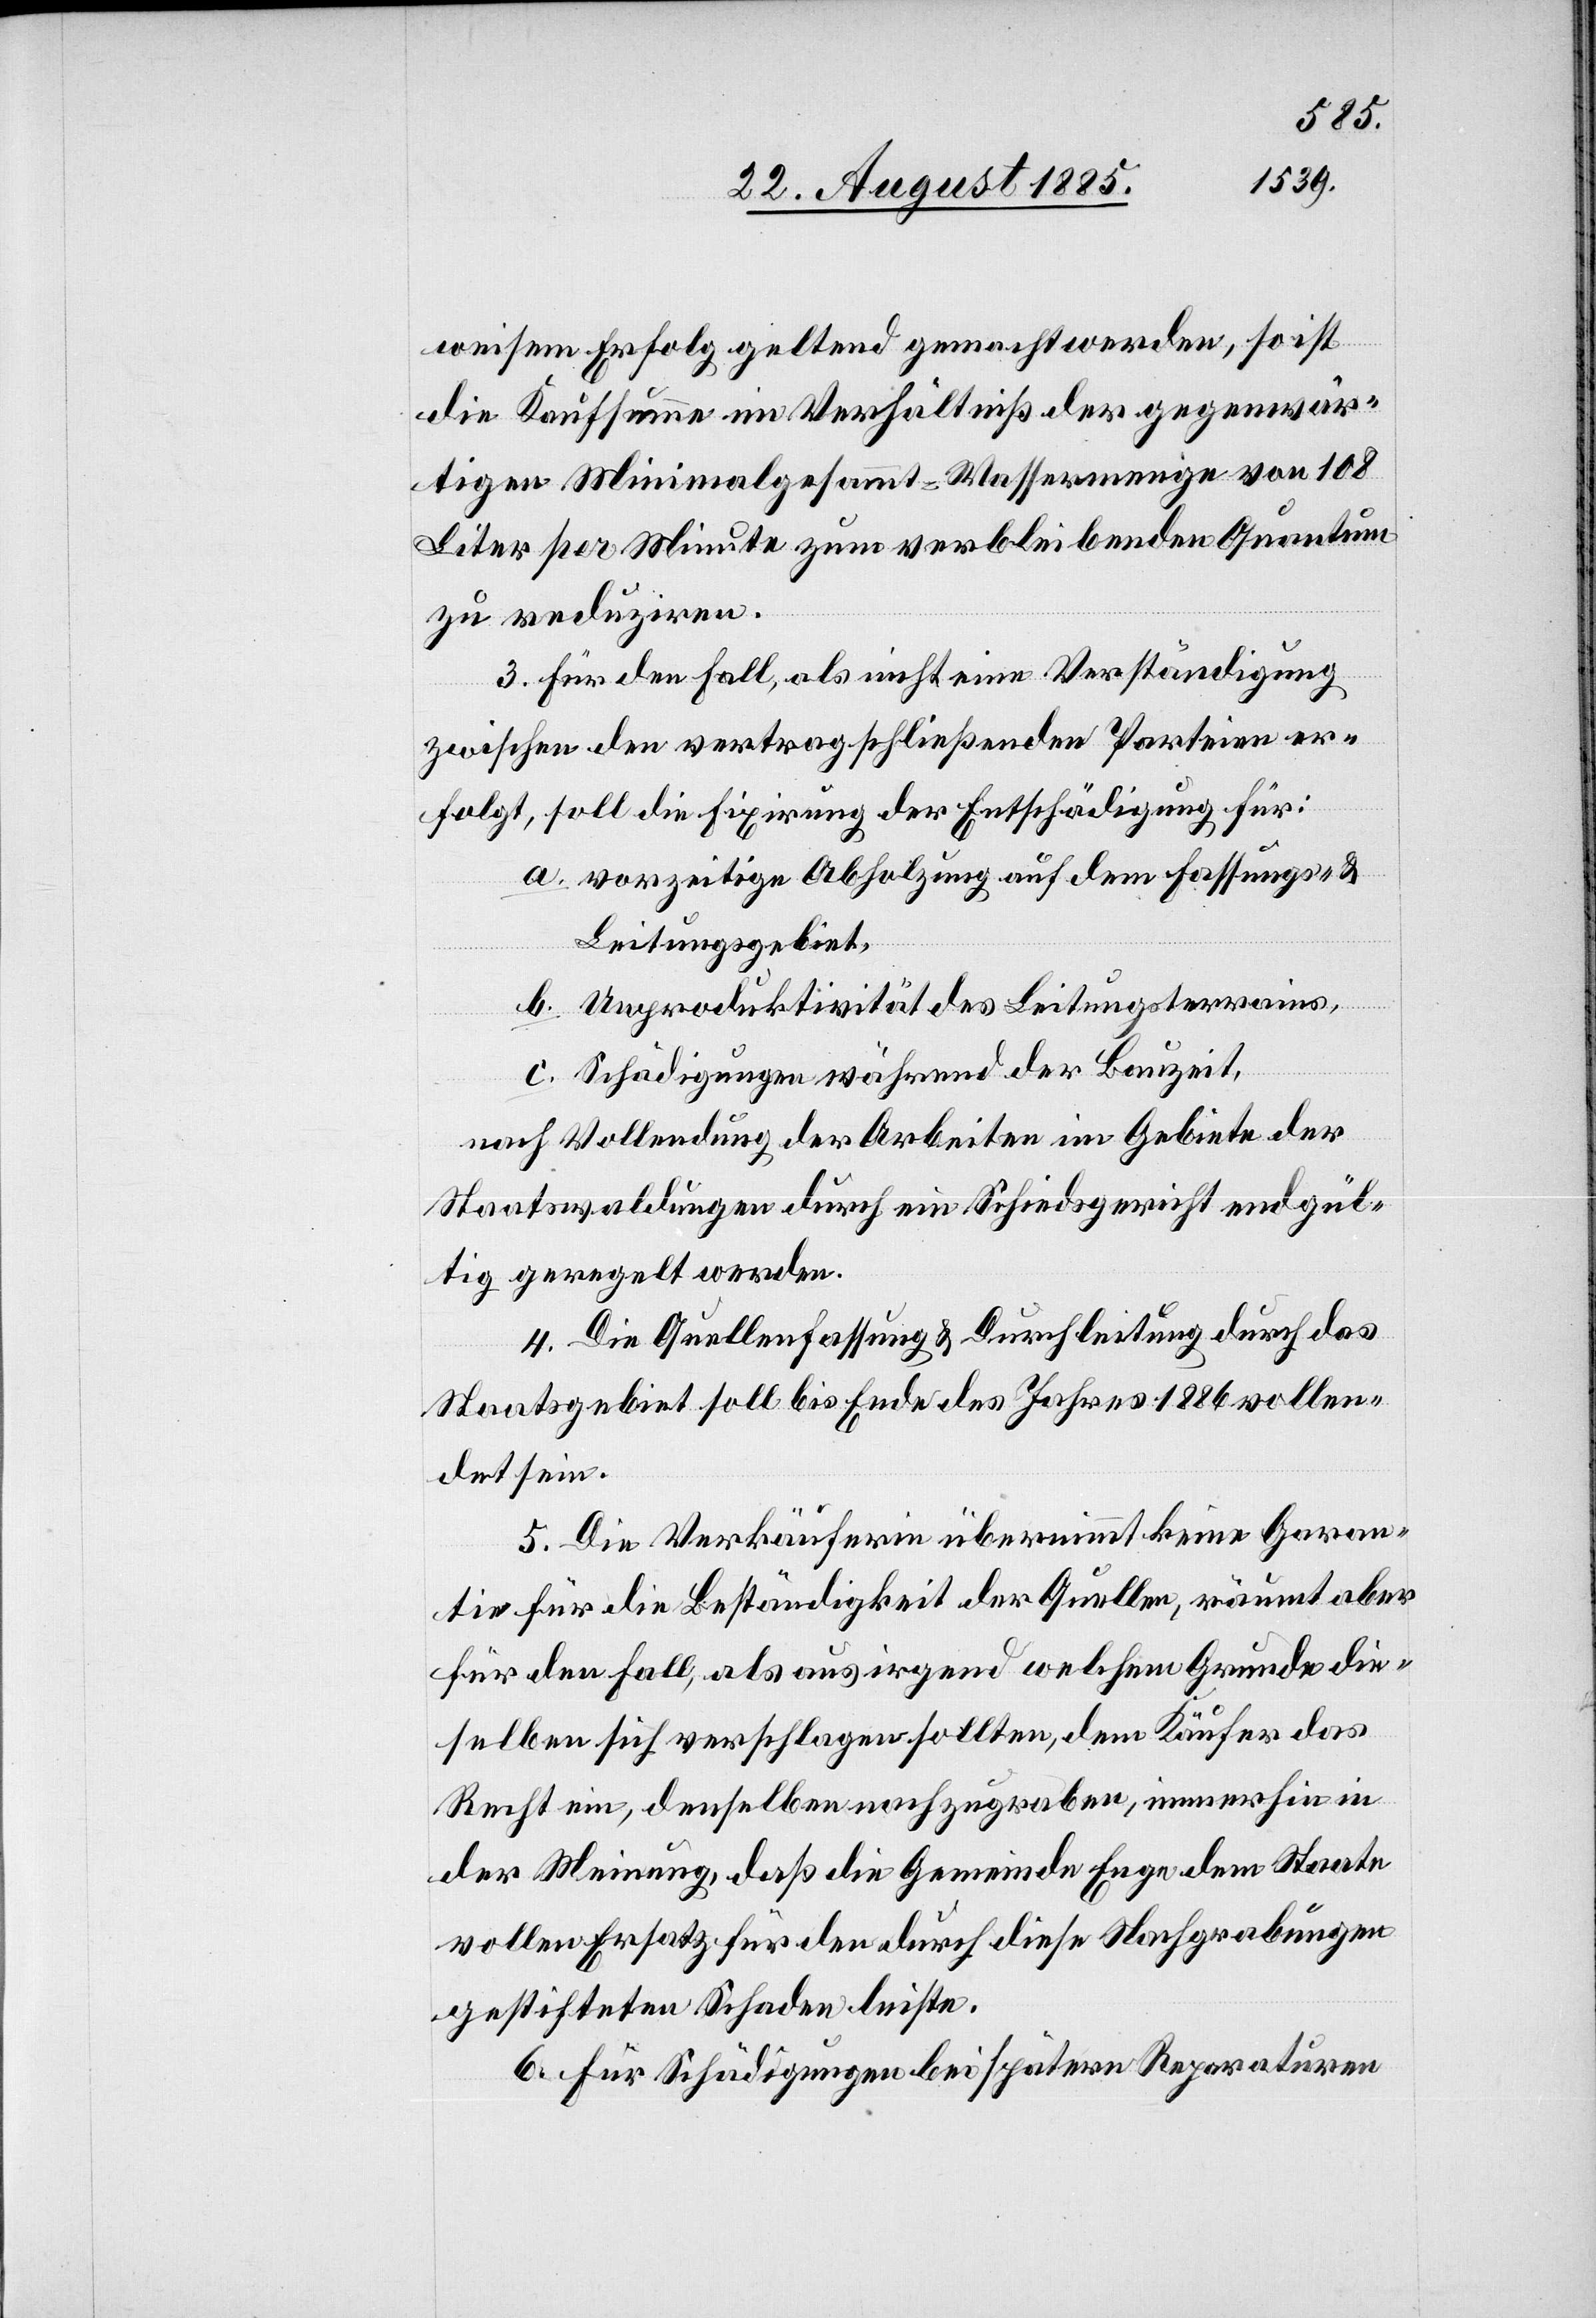
weisem Erfolg geltend gemacht werden, so ist
die Kaufsumme im Verhältniß der gegenwär¬
tigen Minimalgesammt-Wassermenge von 108
Liter per Minute zum verbleibenden Quantum
zu reduziren.
3. Für den Fall, als nicht eine Verständigung
zwischen den vertragschließenden Parteien er¬
folgt, soll die Fixirung der Entschädigung für:
a. vorzeitige Abholzung auf dem Fassungs- &
Leitungsgebiet.
b. Unproduktivität des Leitungsterrains,
c. Schädigungen während der Bauzeit,
nach Vollendung der Arbeiten im Gebiete der
Staatswaldungen durch ein Schiedsgericht endgül¬
tig geregelt werden.
4. Die Quellenfassung & Durchleitung durch das
Staatsgebiet soll bis Ende des Jahres 1886 vollen¬
det sein.
5. Die Verkäuferin übernimmt keine Garan¬
tie für die Beständigkeit der Quellen, räumt aber
für den Fall, als aus irgend welchem Grunde die¬
selben sich verschlagen sollten, dem Käufer das
Recht ein, denselben nachzugraben, immerhin in
der Meinung, daß die Gemeinde Enge dem Staate
vollen Ersatz für den durch diese Nachgrabungen
gestifteten Schaden leiste.
6. Für Schädigungen bei spätern Reparaturen